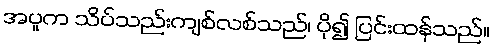
အပူက သိပ်သည်းကျစ်လစ်သည်၊ ပို၍ ပြင်းထန်သည်။